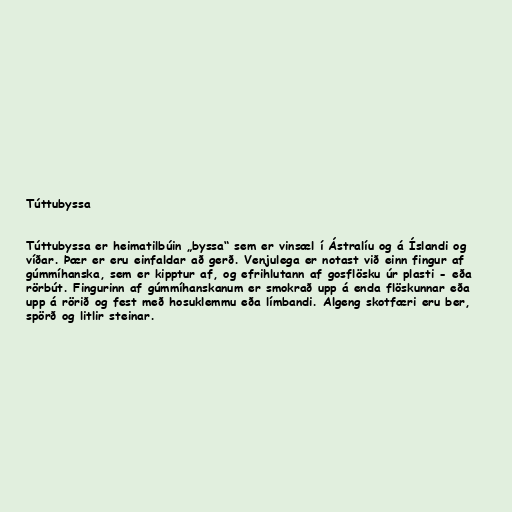
Túttubyssa

Túttubyssa er heimatilbúin „byssa“ sem er vinsæl í Ástralíu og á Íslandi og
víðar. Þær er eru einfaldar að gerð. Venjulega er notast við einn fingur af
gúmmíhanska, sem er kipptur af, og efrihlutann af gosflösku úr plasti - eða
rörbút. Fingurinn af gúmmíhanskanum er smokrað upp á enda flöskunnar eða
upp á rörið og fest með hosuklemmu eða límbandi. Algeng skotfæri eru ber,
spörð og litlir steinar.